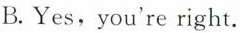
B.Yes,you're right.